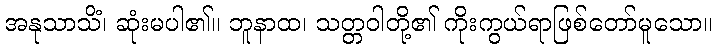
အနုသာသိံ၊ ဆုံးမပါ၏။ ဘူနာထ၊ သတ္တဝါတို့၏ ကိုးကွယ်ရာဖြစ်တော်မူသော။